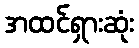
အထင်ရှားဆုံး